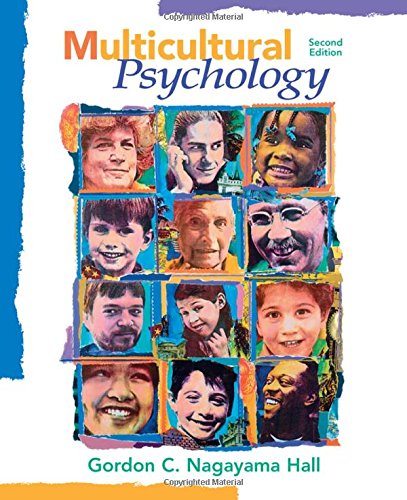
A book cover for Multicultural Psychology; Gordon Nagayama Hall; Medical Books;